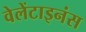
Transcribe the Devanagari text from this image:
वेलेंटाइनंस